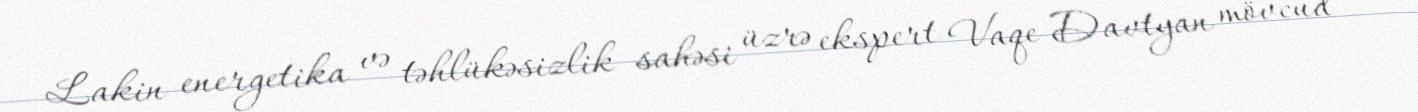
Lakin energetika və təhlükəsizlik sahəsi üzrə ekspert Vaqe Davtyan mövcud